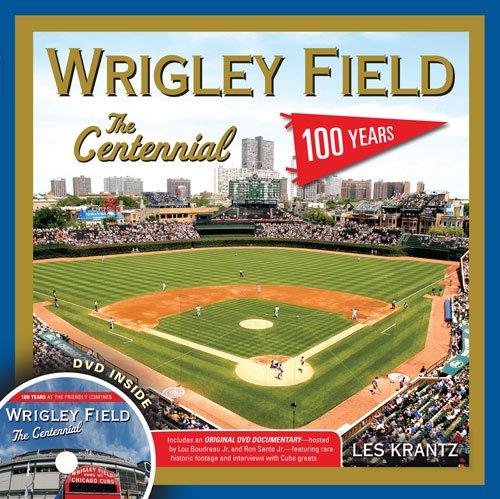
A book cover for Wrigley Field: The Centennial: 100 Years at the Friendly Confines; Les Krantz; Travel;